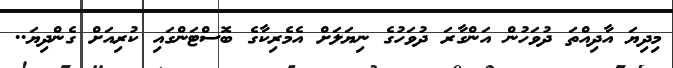
މިދިޔަ އާދިއްތަ ދުވަހުން އަންގާރަ ދުވަހުގެ ނިޔަލަށް އެމެރިކާގެ ބޮސްޓަންގައި ކުރިއަށް ގެންދިޔަ..